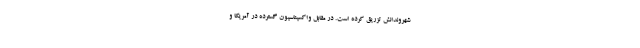
شهروندانش تزریق کرده است. در مقابل واکسیناسیون گسترده در آمریکا و